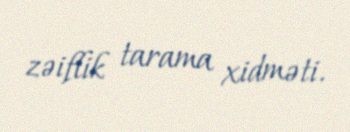
zəiflik tarama xidməti.